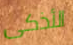
الأذكى